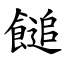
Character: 䭔